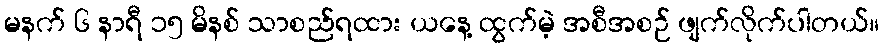
မနက် ၆ နာရီ ၁၅ မိနစ် သာစည်ရထား ယနေ့ ထွက်မဲ့ အစီအစဉ် ဖျက်လိုက်ပါတယ်။